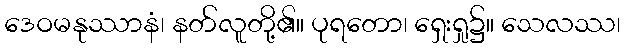
ဒေဝမနုဿာနံ၊ နတ်လူတို့၏။ ပုရတော၊ ရှေးရှု၌။ သေလဿ၊